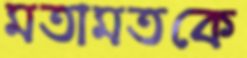
মতামতকে